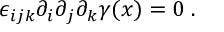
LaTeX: \epsilon _ { i j k } \partial _ { i } \partial _ { j } \partial _ { k } \gamma ( x ) = 0 \; .